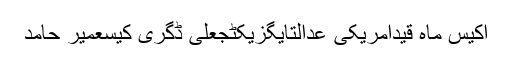
اکیس ماہ قیدامریکی عدالتایگزیکٹجعلی ڈگری کیسعمیر حامد